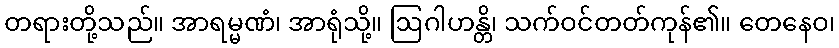
တရားတို့သည်။ အာရမ္မဏံ၊ အာရုံသို့။ ဩဂါဟန္တိ၊ သက်ဝင်တတ်ကုန်၏။ တေနေဝ၊